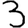
Digit: 3